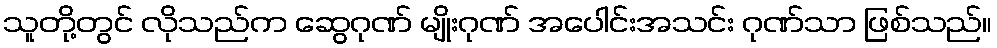
သူတို့တွင် လိုသည်က ဆွေဂုဏ် မျိုးဂုဏ် အပေါင်းအသင်း ဂုဏ်သာ ဖြစ်သည်။